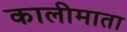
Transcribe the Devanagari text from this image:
कालीमाता